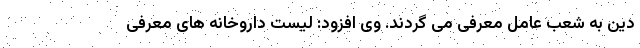
دین به شعب عامل معرفی می گردند. وی افزود: لیست داروخانه های معرفی